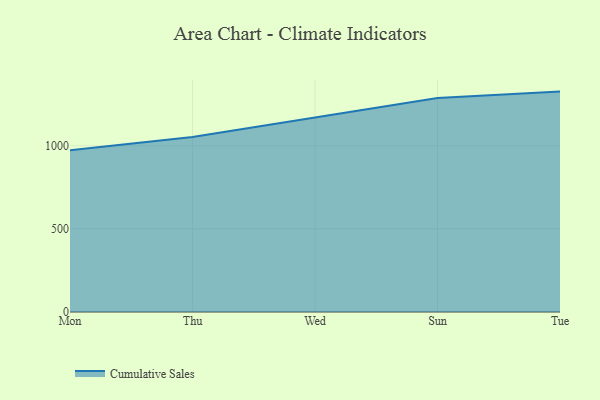
{"axis": {"x": "Day", "y": "Production Output"}, "legend": ["Cumulative Sales"], "data": [{"x": "Mon", "y": 972.8, "type": "Cumulative Sales"}, {"x": "Thu", "y": 1053.0, "type": "Cumulative Sales"}, {"x": "Wed", "y": 1170.4, "type": "Cumulative Sales"}, {"x": "Sun", "y": 1287.6, "type": "Cumulative Sales"}, {"x": "Tue", "y": 1325.7, "type": "Cumulative Sales"}]}